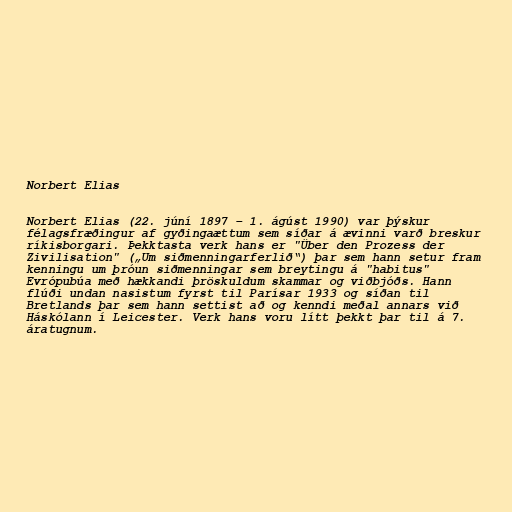
Norbert Elias

Norbert Elias (22. júní 1897 – 1. ágúst 1990) var þýskur
félagsfræðingur af gyðingaættum sem síðar á ævinni varð breskur
ríkisborgari. Þekktasta verk hans er "Über den Prozess der
Zivilisation" („Um siðmenningarferlið“) þar sem hann setur fram
kenningu um þróun siðmenningar sem breytingu á "habitus"
Evrópubúa með hækkandi þröskuldum skammar og viðbjóðs. Hann
flúði undan nasistum fyrst til Parísar 1933 og síðan til
Bretlands þar sem hann settist að og kenndi meðal annars við
Háskólann í Leicester. Verk hans voru lítt þekkt þar til á 7.
áratugnum.